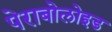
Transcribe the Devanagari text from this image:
पेराबोलोइड